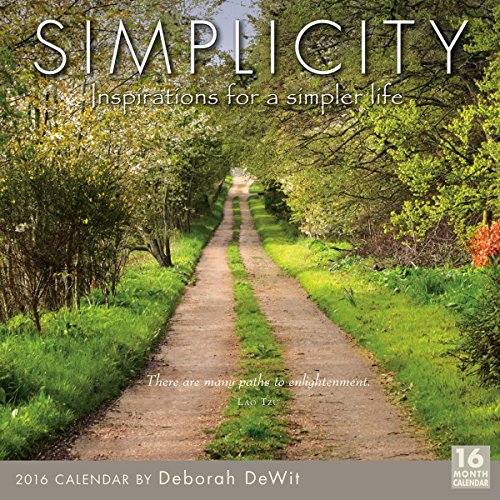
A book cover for Simplicity 2016 Wall Calendar; Deborah DeWit; Calendars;